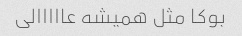
بوکا مثل همیشه عااااالی